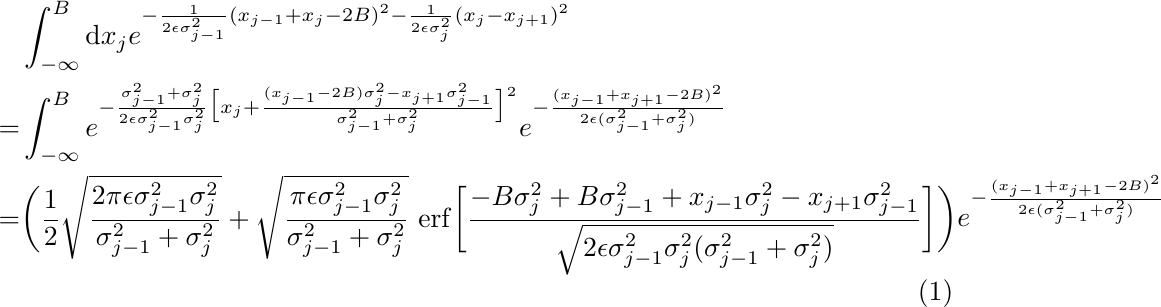
\begin{equation}\begin{split}
&\int_{-\infty}^B {\rm d}x_j e^{-\frac{1}{2\epsilon\sigma_{j-1}^2}(x_{j-1}+x_j-2B)^2-\frac{1}{2\epsilon\sigma_j^2}(x_j-x_{j+1})^2}\\
=&\int_{-\infty}^B e^{-\frac{\sigma_{j-1}^2+\sigma_j^2}{2\epsilon\sigma_{j-1}^2\sigma_j^2}\big[x_j+\frac{(x_{j-1}-2B)\sigma_j^2-x_{j+1}\sigma_{j-1}^2}{\sigma_{j-1}^2+\sigma_j^2}\big]^2}e^{-\frac{(x_{j-1}+x_{j+1}-2B)^2}{2\epsilon(\sigma_{j-1}^2+\sigma_j^2)}}\\
=&\bigg(\frac{1}{2}\sqrt{\frac{2\pi\epsilon\sigma_{j-1}^2\sigma_j^2}{\sigma_{j-1}^2+\sigma_j^2}}+\sqrt{\frac{\pi\epsilon\sigma_{j-1}^2\sigma_j^2}{\sigma_{j-1}^2+\sigma_j^2}}\ {\rm erf}\bigg[\frac{-B\sigma_j^2+B\sigma_{j-1}^2+x_{j-1}\sigma_j^2-x_{j+1}\sigma_{j-1}^2}{\sqrt{2\epsilon\sigma_{j-1}^2\sigma_j^2(\sigma_{j-1}^2+\sigma_j^2)}}\bigg]\bigg)e^{-\frac{(x_{j-1}+x_{j+1}-2B)^2}{2\epsilon(\sigma_{j-1}^2+\sigma_j^2)}}
\end{split}\end{equation}